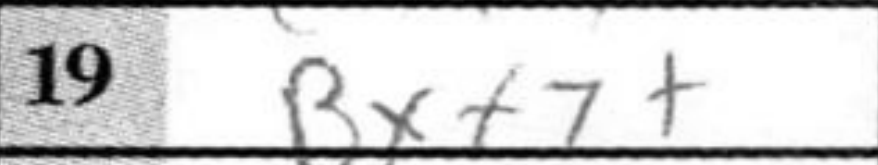
Transcription: Bxf7+